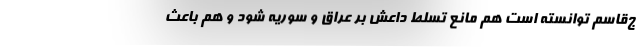
ج‌قاسم توانسته است هم مانع تسلط داعش بر عراق و سوریه شود و هم باعث